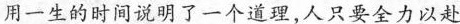
用一生的时间说明了一个道理，人只要全力以赴